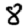
Digit: 8